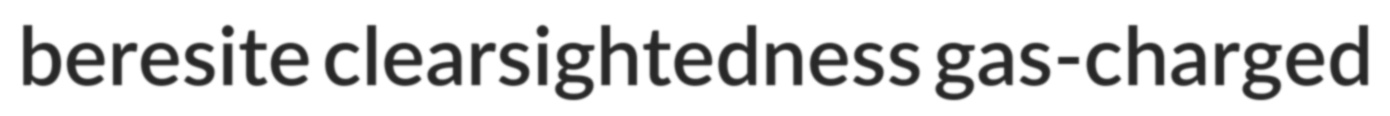
beresite clearsightedness gas-charged